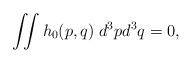
LaTeX: \begin{align*} \iint h_0(p,q) \;d^3pd^3q = 0, \end{align*}